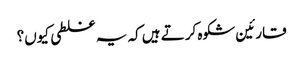
قارئین شکوہ کرتے ہیں کہ یہ غلطی کیوں؟